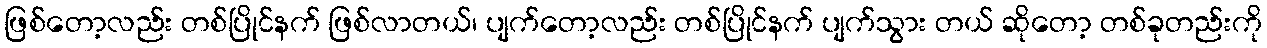
ဖြစ်တော့လည်း တစ်ပြိုင်နက် ဖြစ်လာတယ်၊ ပျက်တော့လည်း တစ်ပြိုင်နက် ပျက်သွား တယ် ဆိုတော့ တစ်ခုတည်းကို